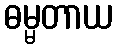
ဓမ္မတာယ